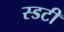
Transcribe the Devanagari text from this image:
स्डटी